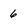
Character: 6